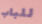
للباب